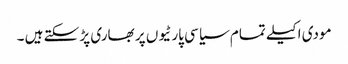
مودی اکیلے تمام سیاسی پارٹیوں پر بھاری پڑ سکتے ہیں ۔